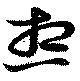
想